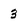
Character: 3